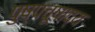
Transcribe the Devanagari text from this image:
पुष्पचूषाद्य